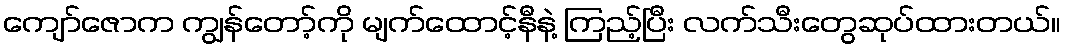
ကျော်ဇောက ကျွန်တော့်ကို မျက်ထောင့်နီနဲ့ ကြည့်ပြီး လက်သီးတွေဆုပ်ထားတယ်။